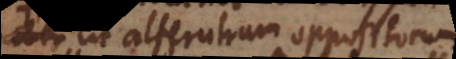
ipsum ut alterutrum oppositorum